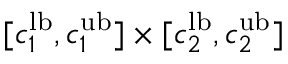
[ c _ { 1 } ^ { \mathrm { l b } } , c _ { 1 } ^ { \mathrm { u b } } ] \times [ c _ { 2 } ^ { \mathrm { l b } } , c _ { 2 } ^ { \mathrm { u b } } ]